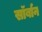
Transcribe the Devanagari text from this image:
सॉर्बान